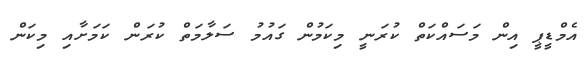
އެމްޑީޕީ އިން މަސައްކަތް ކުރަނީ މިކަމުން ގައުމު ސަލާމަތް ކުރަން ކަމަށާއި މިކަން